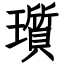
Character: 瓆